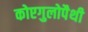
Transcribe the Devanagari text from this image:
कोएगुलोपैथी